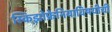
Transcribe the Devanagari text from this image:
स्किझोफ्रेनियाविषयीची